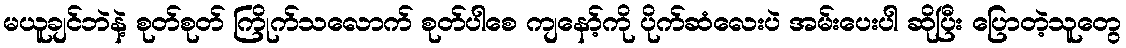
မယူချင်ဘဲနဲ့ စုတ်စုတ် ကြိုက်သလောက် စုတ်ပါစေ ကျနော့်ကို ပိုက်ဆံလေးပဲ အမ်းပေးပါ ဆိုပြီး ပြောတဲ့သူတွေ